Report on malaria in the Punjab during the year ...  together with an account of the work of the Punjab Malaria Bureau - Volume 1
Disease focus: Malaria
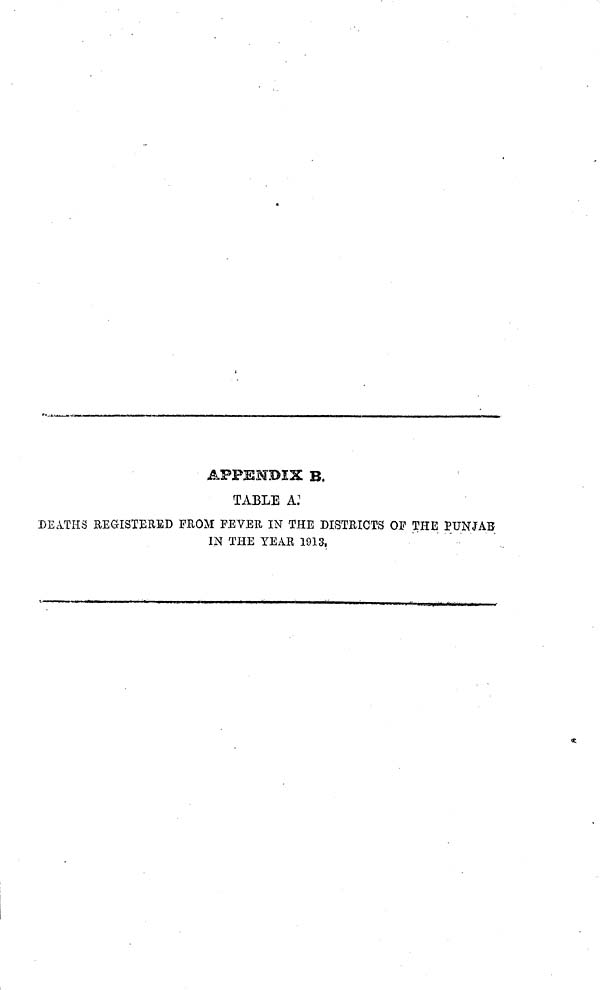
APPENDIX B.
TABLE À.
DEATHS REGISTERED PROM FEVER IN THE DISTRICTS OF THE PUNJAB
IN THE YEAR 1913.